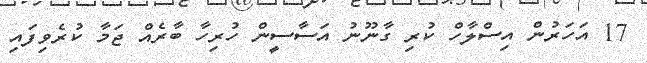
17 އަހަރުން އިސްލާހް ކުރި ގާނޫނު އަސާސީން ހުރިހާ ބާރެއް ޖަމާ ކުރެވިފައި